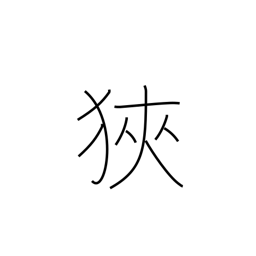
Meaning: reduce